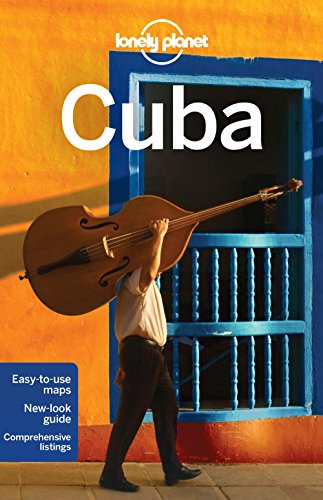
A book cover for Lonely Planet Cuba (Travel Guide); Lonely Planet; Cookbooks, Food & Wine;